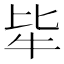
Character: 𤘤